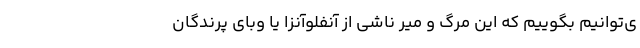
ی‌توانیم بگوییم که این مرگ و میر ناشی از آنفلوآنزا یا وبای پرندگان